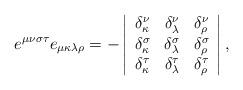
LaTeX: \begin{align*}e^{\mu\nu\sigma\tau}e_{\mu\kappa\lambda\rho}=-\left\vert\begin{array}[c]{ccc}\delta_{\kappa}^{\nu} & \delta_{\lambda}^{\nu} & \delta_{\rho}^{\nu}\\\delta_{\kappa}^{\sigma} & \delta_{\lambda}^{\sigma} & \delta_{\rho}^{\sigma}\\\delta_{\kappa}^{\tau} & \delta_{\lambda}^{\tau} & \delta_{\rho}^{\tau}\end{array}\right\vert , \end{align*}